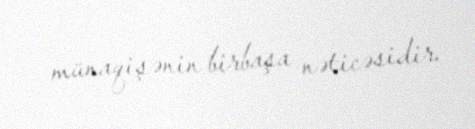
münaqişənin birbaşa nəticəsidir.